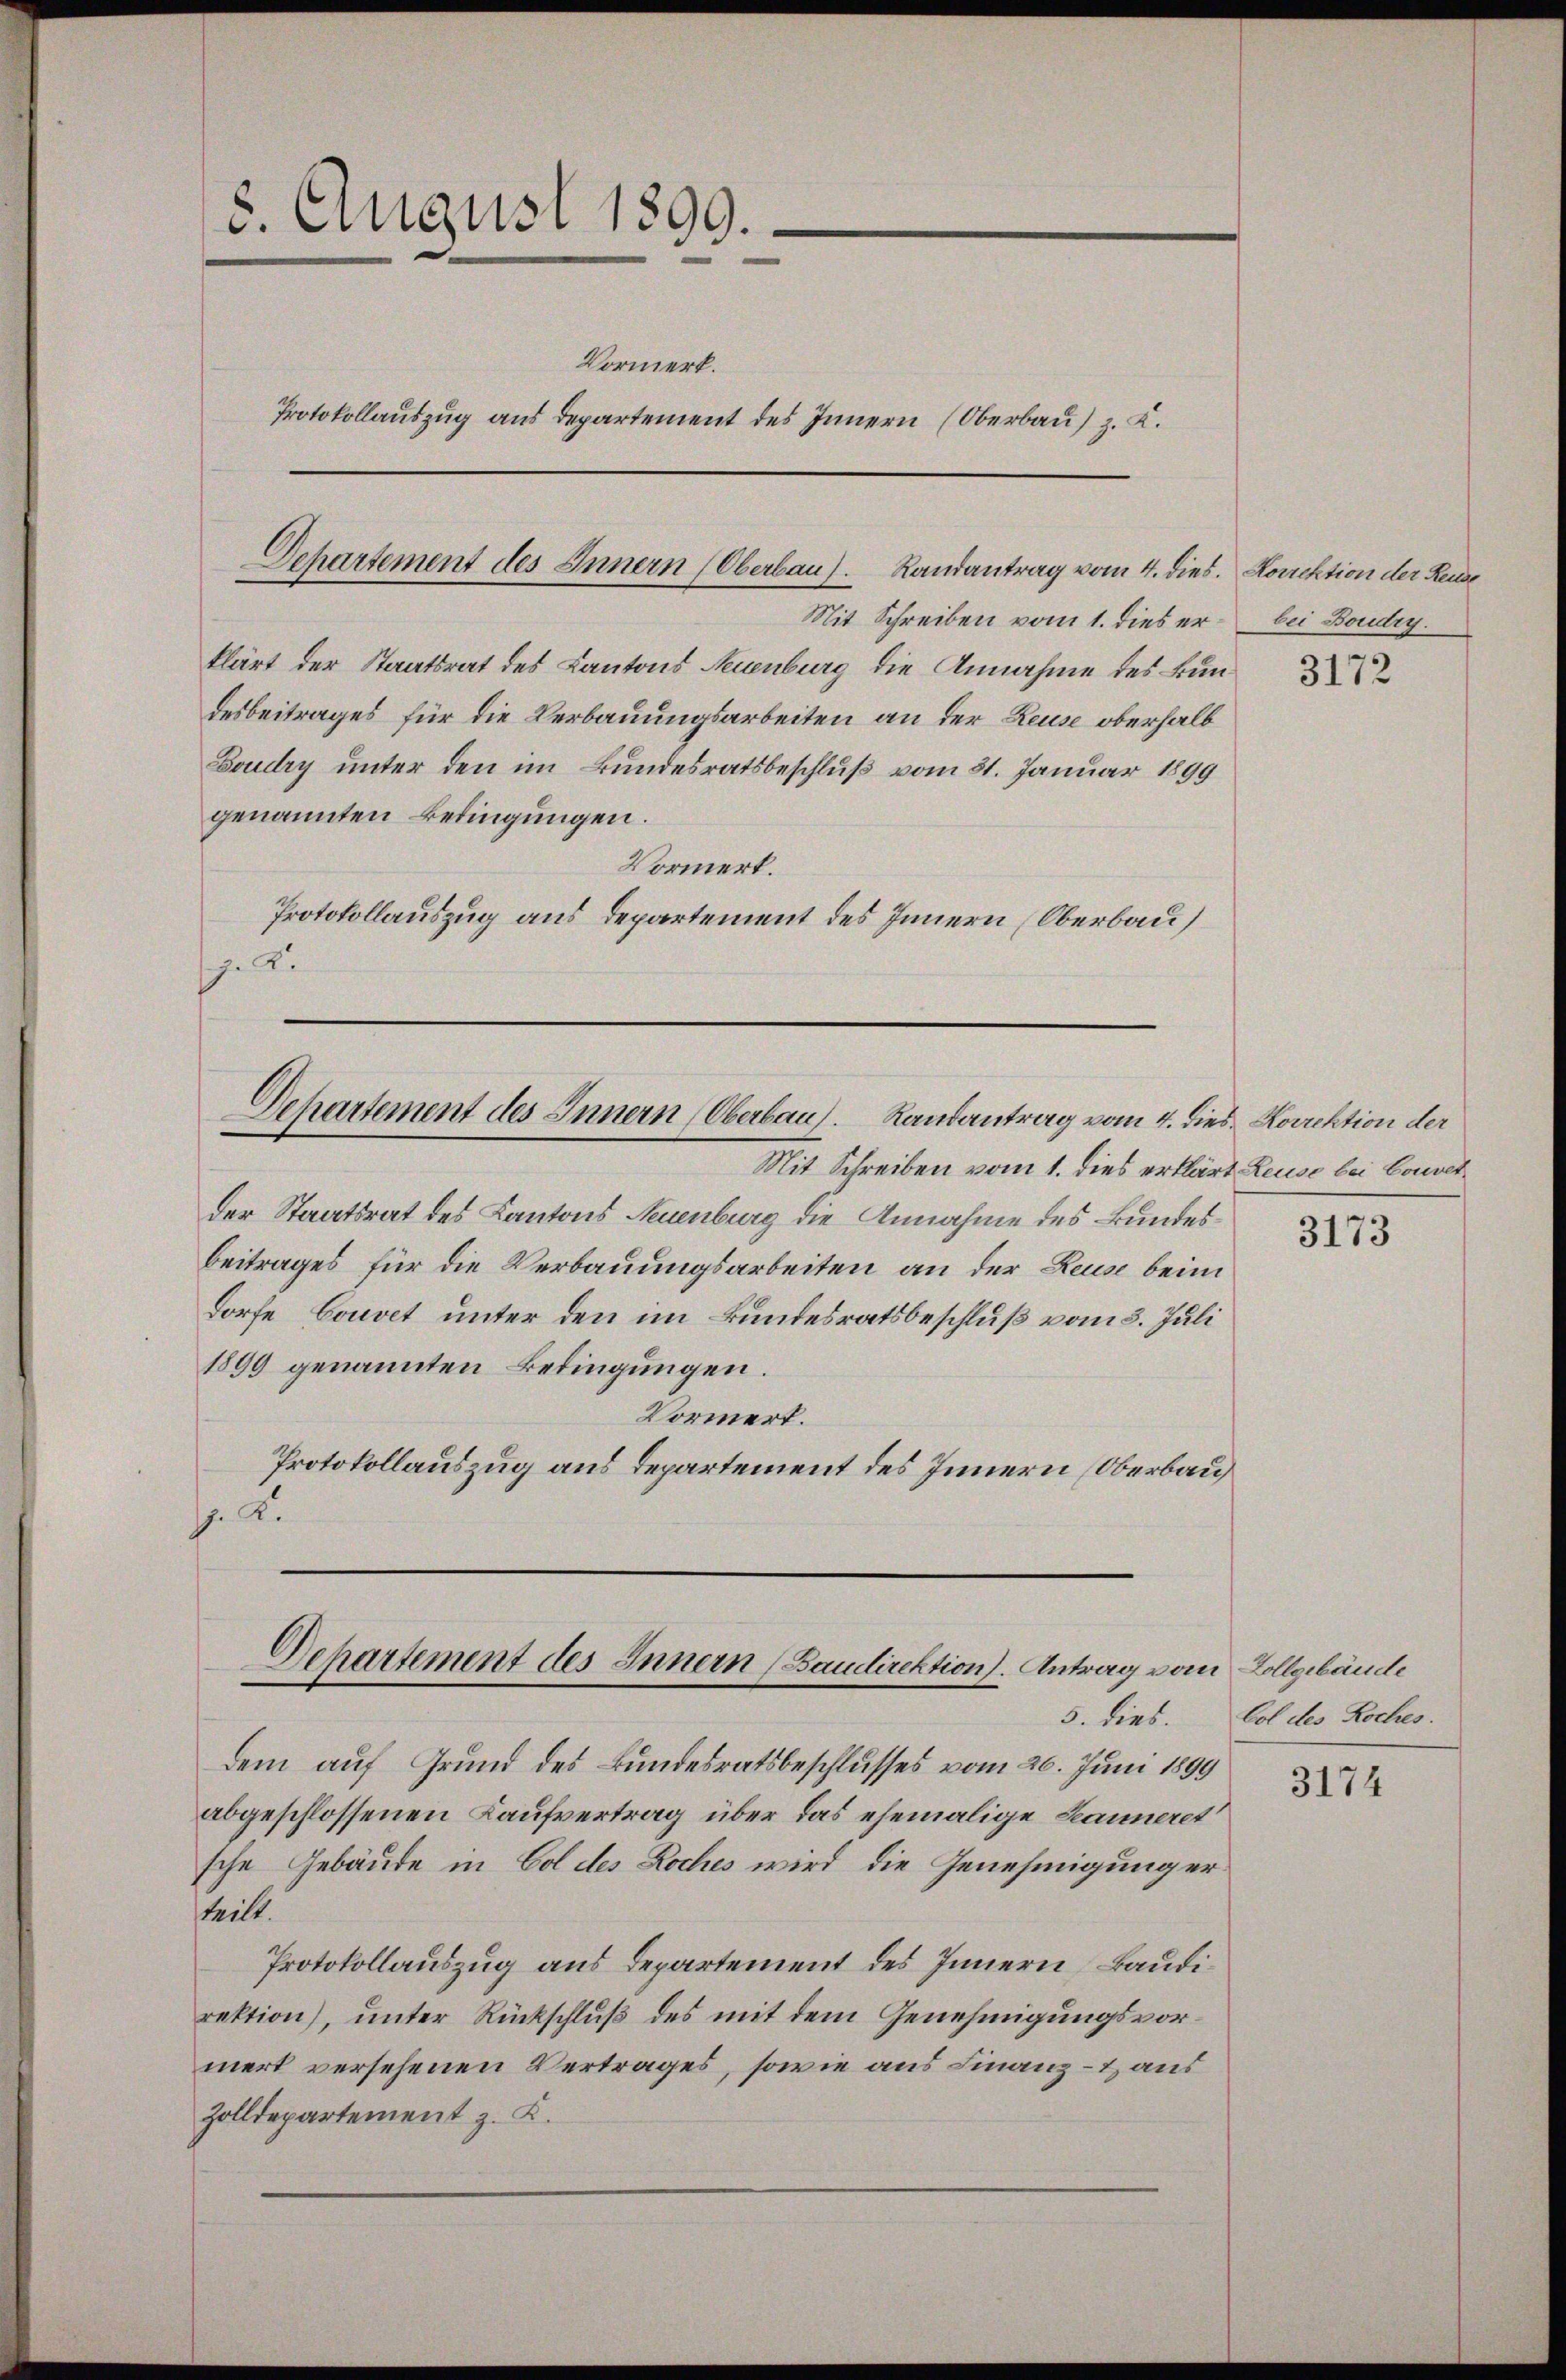
8. August 1899.
e
Vormerk.
Protokollauszug aus Departement des Innern (Oberbau) z. B.

Departement des Innern (Oberbau).
Randantrag vom 4. dies. Korrektion der Reuse

klärt der Staatsrat des Kantons Neuenburg die Annahme des Bundesbeitrages für die Verbauungsarbeiten an der Reuse oberhalb
Boudry unter den im Bundesratsbeschluß vom 31. Januar 1899
genannten Bedingungen.
Vormerk.
Protokollauszug aus Departement des Innern (Oberbau
.

Departement des Innern (Oberbau). Randantrag vom 4. Dies. Korrektion der

Mit Schreiben vom 1. dies er bei Boudry.

Mit Schreiben vom 1. dies erklärt Leuse bei Convetder Staatsrat des Kantons Neuenburg die Annahme des Bundes¬
Beitrages für die Verbauungsarbeiten an der Reuse beim
Dorfe, Couvet unter den im Bundesratsbeschluß vom 3. Juli
1890 genannten Bedingungen.
Vormert.
Protokollauszug aus Departement des Innern (Oberbau
p. 2.

Dehartement des Innern (Baudirektion). Antrag vom Allgebäude

5. dies.

dem auf Grund des Bundesratsbeschlusses vom 26. Juni 1899
abgeschlossenen Kaufvertrag über das ehemalige Seanneret
sche Gebäude in Col des Roches wird die Genehmigung erteilt.
Protokollauszug aus Departement des Innern Baudirektion), unter Rückschluß des mit dem Genehmigungsvormert versehenen Vertrages, sowie aus Finanz- & aus
Zolldepartement z. K.

3172

3173

Col des Roches.

3174